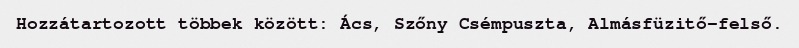
Hozzátartozott többek között: Ács, Szőny Csémpuszta, Almásfüzitő-felső.